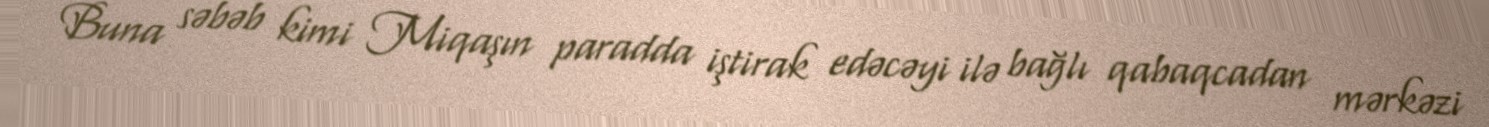
Buna səbəb kimi Miqaşın paradda iştirak edəcəyi ilə bağlı qabaqcadan mərkəzi